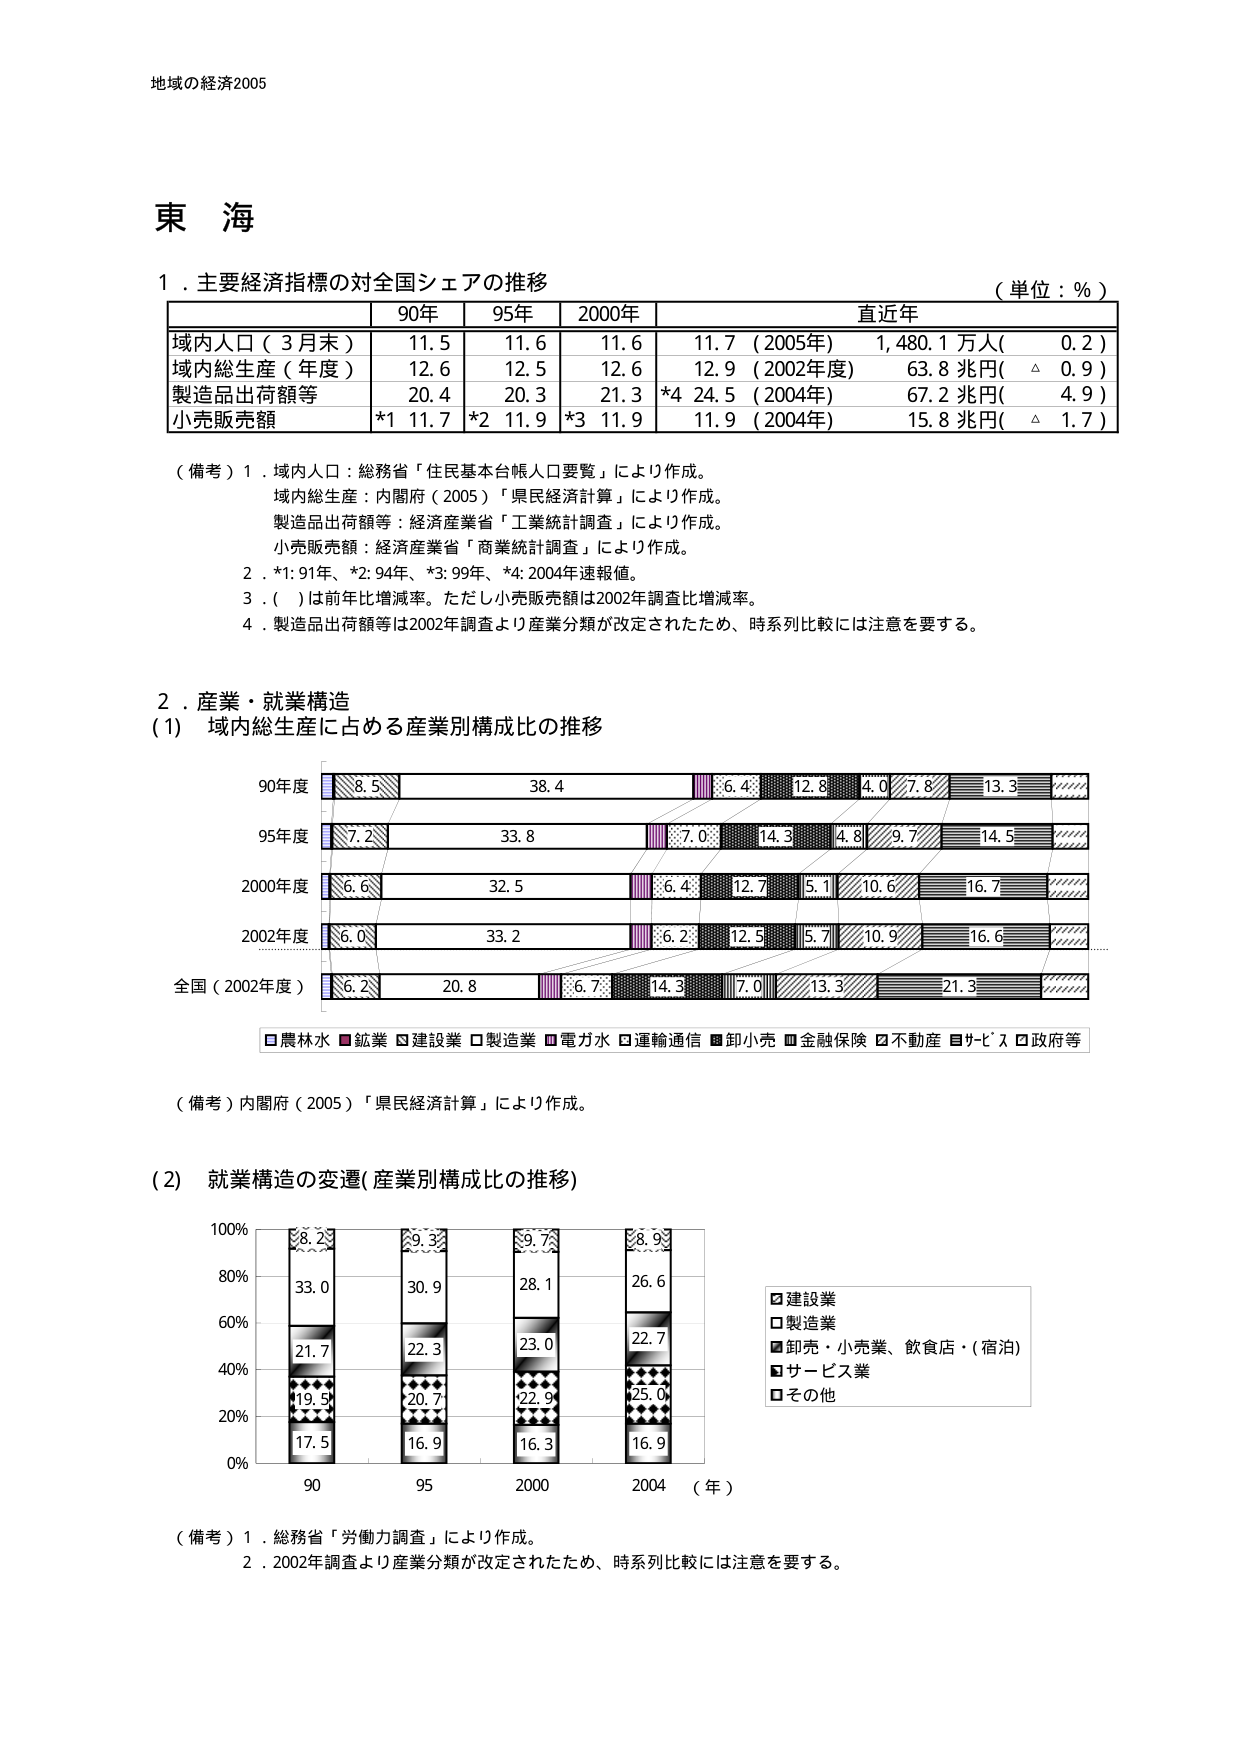
地域の経済2005

東 海

１．主要経済指標の対全国シェアの推移
（単位：％）

| | 90年 | 95年 | 2000年 | 直近年 |
|---|---|---|---|---|
| 域内人口（3月末） | 11.5 | 11.6 | 11.6 | 11.7（2005年）1,480.1万人（0.2） |
| 域内総生産（年度） | 12.6 | 12.5 | 12.6 | 12.9（2002年度）63.8兆円（△0.9） |
| 製造品出荷額等 | 20.4 | 20.3 | 21.3 | *4 24.5（2004年）67.2兆円（4.9） |
| 小売販売額 | *1 11.7 | *2 11.9 | *3 11.9 | 11.9（2004年）15.8兆円（△1.7） |

（備考）1．域内人口：総務省「住民基本台帳人口要覧」により作成。
域内総生産：内閣府（2005）「県民経済計算」により作成。
製造品出荷額等：経済産業省「工業統計調査」により作成。
小売販売額：経済産業省「商業統計調査」により作成。
2．*1: 91年、*2: 94年、*3: 99年、*4: 2004年速報値。
3．（ ）は前年比増減率。ただし小売販売額は2002年調査比増減率。
4．製造品出荷額等は2002年調査より産業分類が改定されたため、時系列比較には注意を要する。

２．産業・就業構造
（1）域内総生産に占める産業別構成比の推移

90年度
□8.5 ■38.4 □6.4 ■12.8 □4.0 ■7.8 □13.3 ■

95年度
□7.2 ■33.8 □7.0 ■14.3 □4.8 ■9.7 □14.5 ■

2000年度
□6.6 ■32.5 □6.4 ■12.7 □5.1 ■10.6 □16.7 ■

2002年度
□6.0 ■33.2 □6.2 ■12.5 □5.7 ■10.9 □16.6 ■

全国（2002年度）
□6.2 ■20.8 □6.7 ■14.3 □7.0 ■13.3 □21.3 ■

□農林水 ■鉱業 □建設業 □製造業 ■電力水 □運輸通信 ■卸小売 ■金融保険 □不動産 ■サービス □政府等

（備考）内閣府（2005）「県民経済計算」により作成。

（2）就業構造の変遷（産業別構成比の推移）

100%
80%
60%
40%
20%
0%

90 95 2000 2004 （年）

□建設業
□製造業
■卸売・小売業、飲食店・（宿泊）
■サービス業
□その他

（備考）1．総務省「労働力調査」により作成。
2．2002年調査より産業分類が改定されたため、時系列比較には注意を要する。